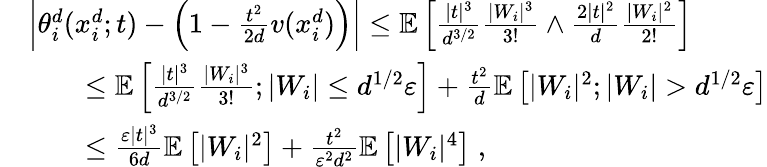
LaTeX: \begin{array}{rl}&{\left\vert\theta_{i}^{d}(x_{i}^{d};t)-\left(1-\frac{t^{2}}{2d}v(x_{i}^{d})\right)\right\rvert\leq\mathbb{E}\left[\frac{\vert t\vert^{3}}{d^{3/2}}\frac{\vert W_{i}\vert^{3}}{3!}\wedge\frac{2\vert t\vert^{2}}{d}\frac{\vert W_{i}\vert^{2}}{2!}\right]}\\ &{\qquad\leq\mathbb{E}\left[\frac{\vert t\vert^{3}}{d^{3/2}}\frac{\vert W_{i}\vert^{3}}{3!};\vert W_{i}\vert\leq d^{1/2}\varepsilon\right]+\frac{t^{2}}{d}\mathbb{E}\left[\vert W_{i}\vert^{2};\vert W_{i}\vert>d^{1/2}\varepsilon\right]}\\ &{\qquad\leq\frac{\varepsilon\vert t\vert^{3}}{6d}\mathbb{E}\left[\vert W_{i}\vert^{2}\right]+\frac{t^{2}}{\varepsilon^{2}d^{2}}\mathbb{E}\left[\vert W_{i}\vert^{4}\right]\; ,}\end{array}